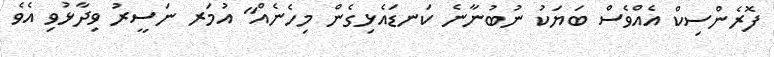
ފޮރެންސިކް އެއްވެސް ބަޔަކު ނުބުނާނެ ކަނޑައެޅިގެން މިހެނެއް" އުމަރ ނަސީރު ވިދާޅުވި އެވެ